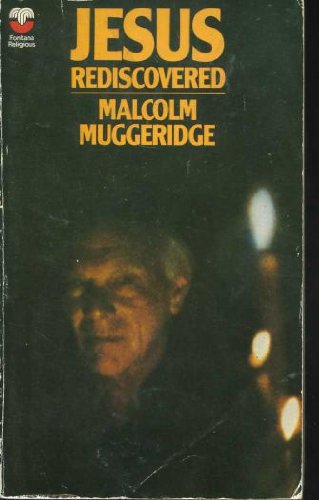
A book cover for Jesus Rediscovered (Fontana religious series); Malcolm Muggeridge; Religion & Spirituality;